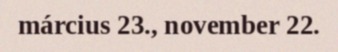
március 23., november 22.